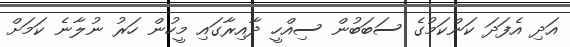
އަދި އެފަދަ ކަންކަމުގެ ސަބަބުން ސިއްހީ ދާއިރާގައި މީހުން ހަރު ނުލާނެ ކަމަށް